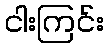
ငါးကြင်း